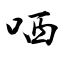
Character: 哂